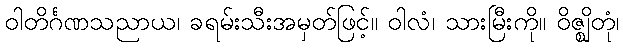
ဝါတိင်္ဂဏသညာယ၊ ခရမ်းသီးအမှတ်ဖြင့်။ ဝါလံ၊ သားမြီးကို။ ဝိဇ္ဈိတုံ၊